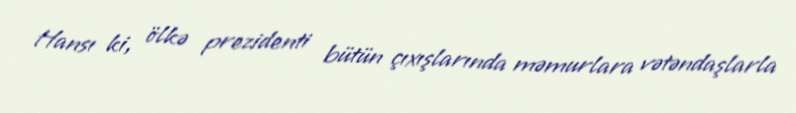
Hansı ki, ölkə prezidenti bütün çıxışlarında məmurlara vətəndaşlarla